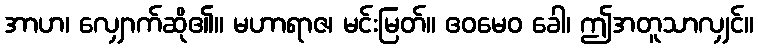
အာဟ၊ လျှောက်ဆို၏။ မဟာရာဇ၊ မင်းမြတ်။ ဧဝမေဝ ခေါ၊ ဤအတူသာလျှင်။